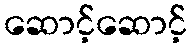
ဆောင့်ဆောင့်